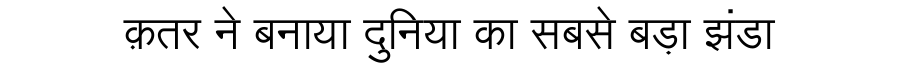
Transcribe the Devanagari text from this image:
क़तर ने बनाया दुनिया का सबसे बड़ा झंडा